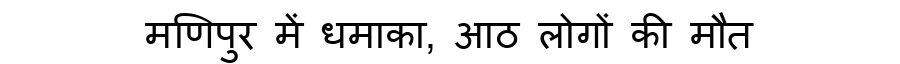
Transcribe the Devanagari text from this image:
मणिपुर में धमाका, आठ लोगों की मौत